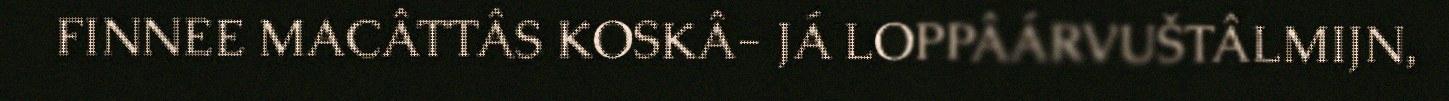
FINNEE MACÂTTÂS KOSKÂ- JÁ LOPPÂÁRVUŠTÂLMIJN,